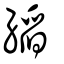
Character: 縚